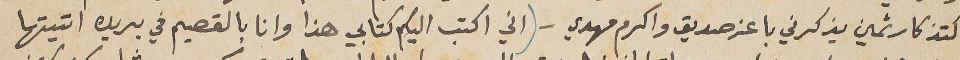
كتذكار ثمين يذكرني باعز صديق واكرم مهدي – (اني اكتب اليكم كتابي هذا وانا بالقصيم في بريده اتيتها